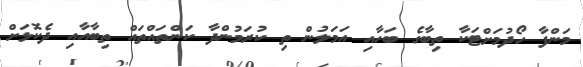
މަންފާ ހޯދުމަށްޓަކާ ތިބާގެ ބަހާއި އަމަލުން ތި ކުރަމުންދާ ކަންތައްތައް ތިބާއާއި ދެކޮޅަށް